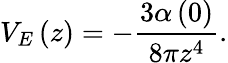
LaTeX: V_{E}\left(z\right)=-\frac{3\alpha\left(0\right)}{8\pi z^{4}}.